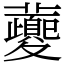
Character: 𡖂